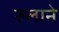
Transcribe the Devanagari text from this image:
रुलाने